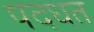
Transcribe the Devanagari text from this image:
पदधत